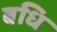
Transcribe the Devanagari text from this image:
बधि